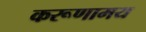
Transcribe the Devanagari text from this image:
करूणामय